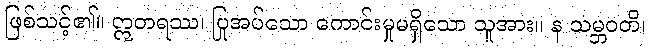
ဖြစ်သင့်၏။ ဣတရဿ၊ ပြုအပ်သော ကောင်းမှုမရှိသော သူအား။ န သမ္ဘဝတိ၊